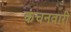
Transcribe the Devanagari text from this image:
कंचनवारी